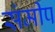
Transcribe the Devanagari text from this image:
संमीप